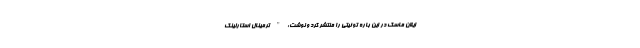
ایلان ماسک در این باره توئیتی را منتشر کرد و نوشت: " ترمینال استارلینک